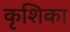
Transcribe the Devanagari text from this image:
कृशिका